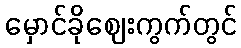
မှောင်ခိုဈေးကွက်တွင်